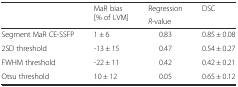
| <ROWSPAN=2>  | <ROWSPAN=2> MaR bias [% of LVM] | Regression | <ROWSPAN=2> DSC |
 | R-value |
 | --- | --- | --- | --- |
 | Segment MaR CE-SSFP | 1 ± 6 | 0.83 | 0.85 ± 0.08 |
 | 2SD threshold | -13 ± 15 | 0.47 | 0.54 ± 0.27 |
 | FWHM threshold | -22 ± 11 | 0.42 | 0.42 ± 0.21 |
 | Otsu threshold | 10 ± 12 | 0.05 | 0.65 ± 0.12 |